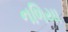
નળિયા